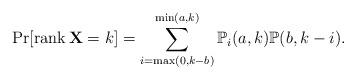
LaTeX: \begin{align*}\Pr[\mathrm{rank}\,\mathbf{X}=k]=\sum_{i=\max(0,k-b)}^{\min(a,k)}\mathbb{P}_{i}(a,k)\mathbb{P}(b,k-i).\end{align*}